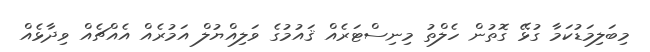
މިބަލިމަޑުކަމާ ގުޅޭ ގޮތުން ހެލްތު މިނިސްޓަރެއް ޤައުމުގެ ވަލިއްޔުލް އަމުރެއް އެއްޗެއް ވިދާޅެއް